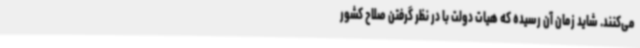
می‌کنند. شاید زمان آن رسیده که هیات دولت با در نظر گرفتن صلاح کشور